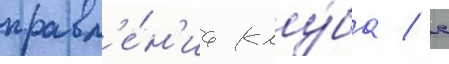
правл'е́н'иа клу́ба / с